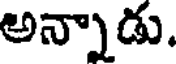
అన్నాడు.